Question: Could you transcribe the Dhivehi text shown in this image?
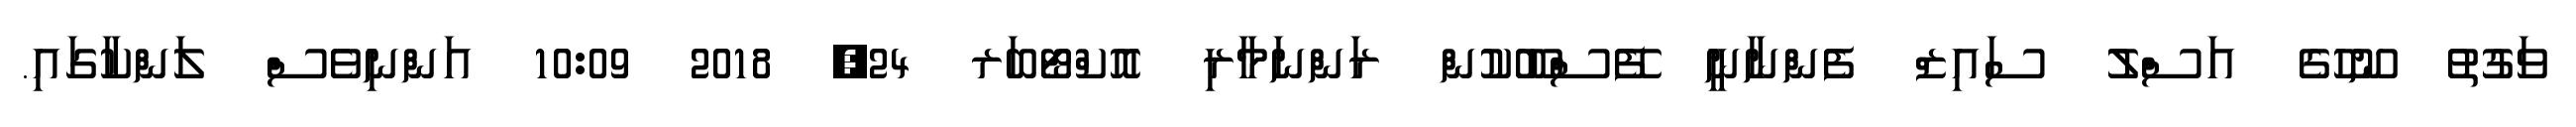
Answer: ވަގުތު ނޫހުގެ އަސްލު ސައިޒް ފެންނާނީ ފޭސްބޫކުން ރަންނަމާރި އޮކްޓޯބަރ 24, 2018 10:09 އަންނިވެސް ލަންކާގައި.